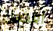
أفضل